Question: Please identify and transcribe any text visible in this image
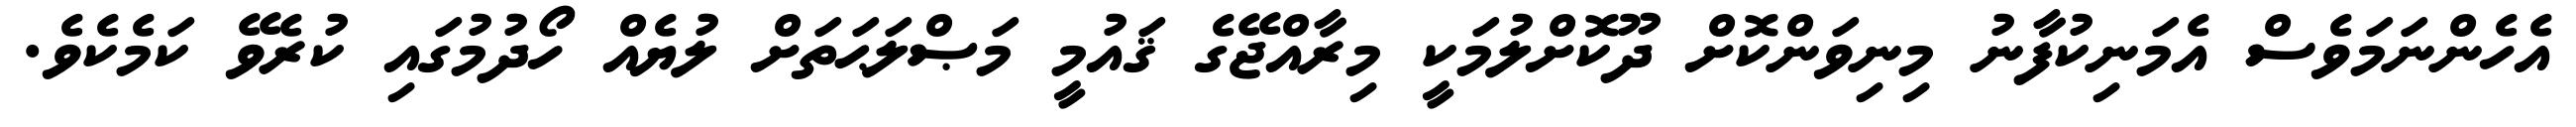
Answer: އެހެންނަމަވެސް އެމަނިކުފާނު މިނިވަންކޮށް ދޫކޮށްލުމަކީ މިރާއްޖޭގެ ޤައުމީ މަޞްލަޙަތަށް ލުޔެއް ހޯދުމުގައި ކުރެވޭ ކަމެކެވެ.